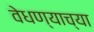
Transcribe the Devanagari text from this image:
वेधण्याच्या